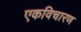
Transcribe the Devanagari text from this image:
एकविचारण